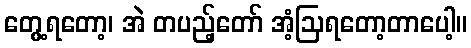
တွေ့ရတော့၊ အဲ တပည့်တော် အံ့ဩရတော့တာပေါ့။